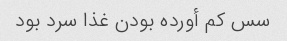
سس کم أورده بودن غذا سرد بود